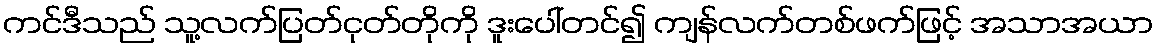
ကင်ဒီသည် သူ့လက်ပြတ်ငုတ်တိုကို ဒူးပေါ်တင်၍ ကျန်လက်တစ်ဖက်ဖြင့် အသာအယာ